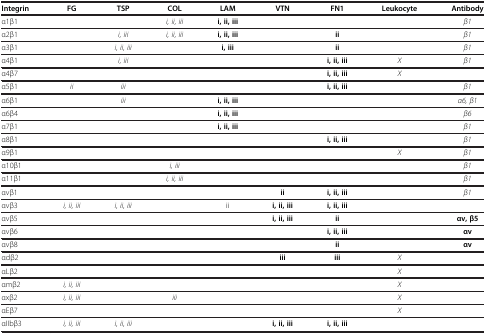
| Integrin | FG | TSP | COL | LAM | VTN | FN1 | Leukocyte | Antibody |
 | --- | --- | --- | --- | --- | --- | --- | --- | --- |
 | α1β1 |  |  | i, ii, iii | i, ii, iii |  |  |  | β1 |
 | α2β1 |  | i, iii | i, ii, iii | i, ii, iii |  | ii |  | β1 |
 | α3β1 |  | i, ii, iii |  | i, iii |  | ii |  | β1 |
 | α4β1 |  | i, iii |  |  |  | i, ii, iii | X | β1 |
 | α4β7 |  |  |  |  |  | i, ii, iii | X |  |
 | α5β1 | ii | iii |  |  |  | i, ii, iii |  | β1 |
 | α6β1 |  | iii |  | i, ii, iii |  |  |  | α6, β1 |
 | α6β4 |  |  |  | i, ii, iii |  |  |  | β6 |
 | α7β1 |  |  |  | i, ii, iii |  |  |  | β1 |
 | α8β1 |  |  |  |  |  | i, ii, iii |  | β1 |
 | α9β1 |  |  |  |  |  |  | X | β1 |
 | α10β1 |  |  | i, iii |  |  |  |  | β1 |
 | α11β1 |  |  | i, ii, iii |  |  |  |  | β1 |
 | αvβ1 |  |  |  |  | ii | i, ii, iii |  | β1 |
 | αvβ3 | i, ii, iii | i, ii, iii |  | ii | i, ii, iii | i, ii, iii |  |  |
 | αvβ5 |  |  |  |  | i, ii, iii | ii |  | αv, β5 |
 | αvβ6 |  |  |  |  |  | i, ii, iii |  | αv |
 | αvβ8 |  |  |  |  |  | ii |  | αv |
 | αdβ2 |  |  |  |  | iii | iii | X |  |
 | αLβ2 |  |  |  |  |  |  | X |  |
 | αmβ2 | i, ii, iii |  |  |  |  |  | X |  |
 | αxβ2 | i, ii, iii |  | iii |  |  |  | X |  |
 | αEβ7 |  |  |  |  |  |  | X |  |
 | αIIbβ3 | i, ii, iii | i, ii, iii |  |  | i, ii, iii | i, ii, iii |  |  |